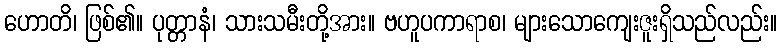
ဟောတိ၊ ဖြစ်၏။ ပုတ္တာနံ၊ သားသမီးတို့အား။ ဗဟူပကာရာစ၊ များသောကျေးဇူးရှိသည်လည်း။